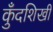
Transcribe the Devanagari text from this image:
कुँदशिखी